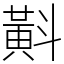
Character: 斢